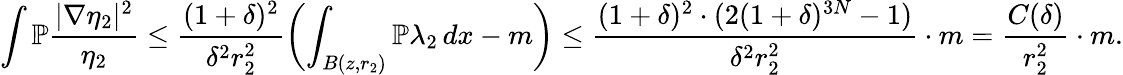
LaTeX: \int\mathbb{P}\frac{|\nabla\eta_{2}|^{2}}{\eta_{2}}\leq\frac{(1+\delta)^{2}}{\delta^{2}r_{2}^{2}}\left(\int_{B(z,r_{2})}\mathbb{P}\lambda_{2}\, dx-m\right)\leq\frac{(1+\delta)^{2}\cdot(2(1+\delta)^{3N}-1)}{\delta^{2}r_{2}^{2}}\cdot m=\frac{C(\delta)}{r_{2}^{2}}\cdot m.